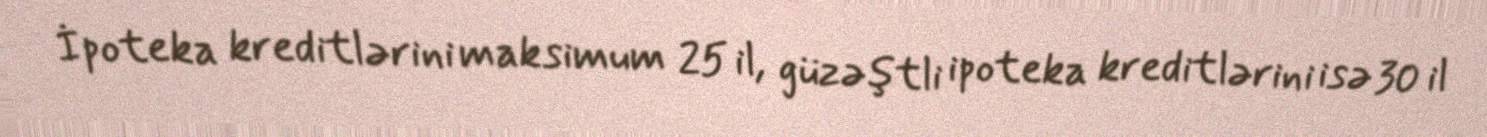
İpoteka kreditlərini maksimum 25 il, güzəştli ipoteka kreditlərini isə 30 il